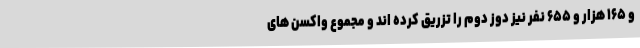
و ۱۶۵ هزار و ۶۵۵ نفر نیز دوز دوم را تزریق کرده اند و مجموع واکسن های